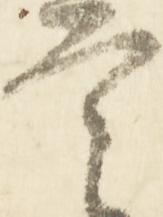
言